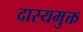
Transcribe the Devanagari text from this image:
दास्यमुक्त